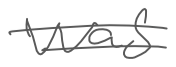
Text: was
Cross-out: double-line
Writing tool: digital_gray